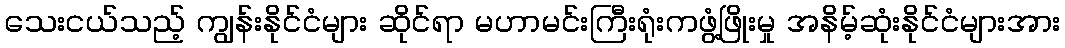
သေးငယ်သည့် ကျွန်းနိုင်ငံများ ဆိုင်ရာ မဟာမင်းကြီးရုံးကဖွံ့ဖြိုးမှု အနိမ့်ဆုံးနိုင်ငံများအား